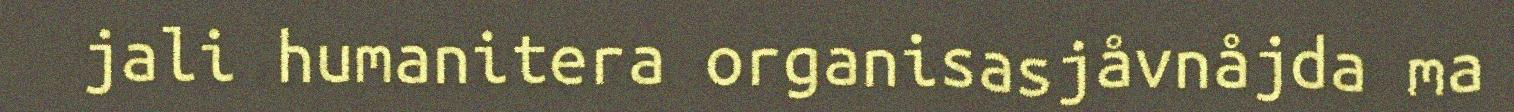
jali humanitera organisasjåvnåjda ma